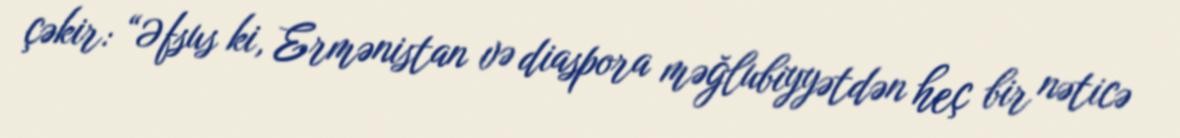
çəkir: “Əfsus ki, Ermənistan və diaspora məğlubiyyətdən heç bir nəticə